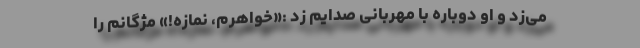
می‌زد و او دوباره با مهربانی صدایم زد :«خواهرم، نمازه!» مژگانم را